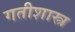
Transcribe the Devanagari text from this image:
गतीशास्त्र